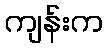
ကျန်းက